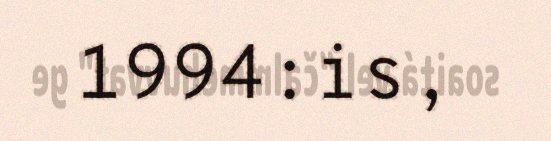
1994:is,